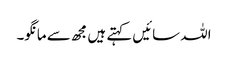
اللہ سائیں کہتے ہیں مجھ سے مانگو۔